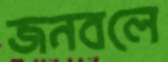
জনবলে